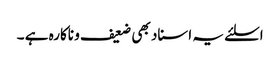
اسلئے یہ اسناد بھی ضعیف و ناکارہ ہے ۔